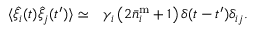
\begin{array} { r l } { \langle \hat { \xi } _ { i } ( t ) \hat { \xi } _ { j } ( t ^ { \prime } ) \rangle \simeq } & { { } \gamma _ { i } \left( 2 \bar { n } _ { i } ^ { \mathrm { m } } + 1 \right) \delta ( t - t ^ { \prime } ) \delta _ { i j } . } \end{array}